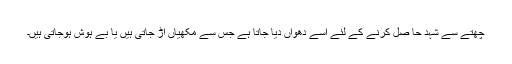
چھتّے سے شہد حا صل کرنے کے لئے اسے دھواں دیا جاتا ہے جس سے مکھیاں اڑ جاتی ہیں یا بے ہوش ہوجاتی ہیں۔